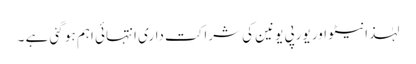
لہٰذا نیٹو اور یورپی یونین کی شراکت داری انتہائی اہم ہو گئی ہے ۔